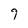
Character: 9